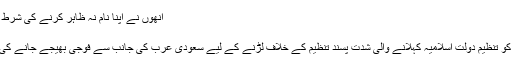
انھوں نے اپنا نام نہ ظاہر کرنے کی شرط پر بی بی سی کو بتایا کہ دراصل اس اہم …
فروری 7, 2016	167
ایران کے اہم رہنماؤں نے شام میں اپنے آپ کو تنظیم دولت اسلامیہ کہلانے والی شدت پسند تنظیم کے خلاف لڑنے کے لیے سعودی عرب کی جانب سے فوجی بھیجے جانے کی پیشکش پر سخت رد عمل کا اظہار کیا ہے۔